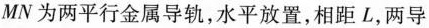
MN为两平行金属导轨，水平放置，相距L，两导